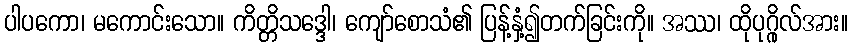
ပါပကော၊ မကောင်းသော။ ကိတ္တိသဒ္ဒေါ၊ ကျော်စောသံ၏ ပြန့်နှံ့၍တက်ခြင်းကို။ အဿ၊ ထိုပုဂ္ဂိုလ်အား။